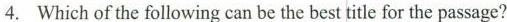
4. Which of the following can be the best title for the passage?